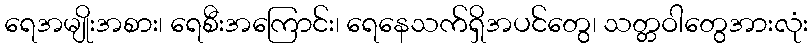
ရေအမျိုးအစား၊ ရေစီးအကြောင်း၊ ရေနေသက်ရှိအပင်တွေ၊ သတ္တဝါတွေအားလုံး